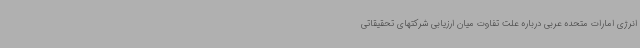
انرژی امارات متحده عربی درباره علت تفاوت میان ارزیابی شرکتهای تحقیقاتی